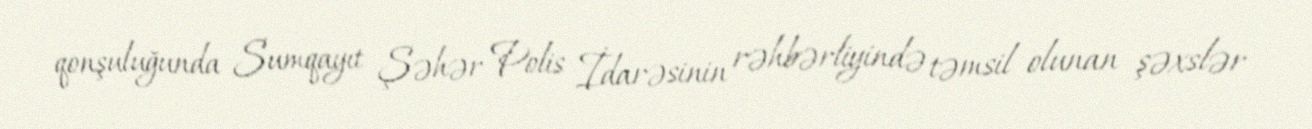
qonşuluğunda Sumqayıt Şəhər Polis İdarəsinin rəhbərliyində təmsil olunan şəxslər